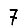
Digit: 7